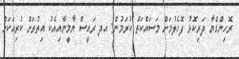
ރޮހިންގްޔާ ދަރިކޮޅު ފޮހެލުމަށް މަސައްކަތް ކުރަމުން: އދ ރައީސް ޔާމީނާއިއެކު އިތުރަށް ކުރިއަކަށް